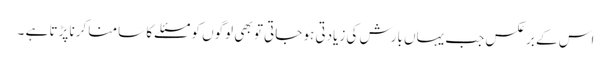
اس کے برعکس جب یہاں بارش کی زیادتی ہو جاتی تو بھی لوگوں کو مسئلے کا سامنا کرنا پڑتا ہے ۔